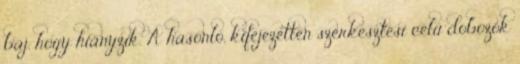
baj, hogy hiányzik. A hasonló, kifejezetten szerkesztési célú dobozok